Indian journal of veterinary science and animal husbandry - Volume 14,
Year: 1944
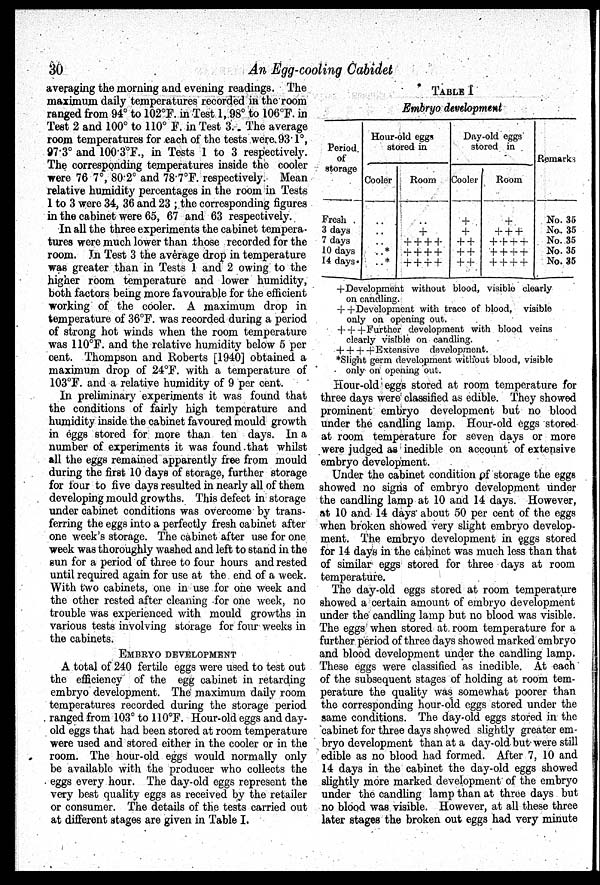
30
An Egg-cooling Cabidet
averaging the morning and evening readings. The
maximum daily temperatures recorded in the room
ranged from 94° to 102°F. in Test 1, 98° to 106°F. in
Test 2 and 100° to 110° F. in Test 3. The average
room temperatures for each of the tests were 93.1°,
97.3° and 100.3°F., in Tests 1 to 3 respectively.
The corresponding temperatures inside the cooler
were 76.7°, 80.2° and 78.7°F. respectively. Mean
relative humidity percentages in the room in Tests
1 to 3 were 34, 36 and 23; the corresponding figures
in the cabinet were 65, 67 and 63 respectively.
In all the three experiments the cabinet tempera-
tures were much lower than those recorded for the
room. In Test 3 the average drop in temperature
was greater than in Tests 1 and 2 owing to the
higher room temperature and lower humidity,
both factors being more favourable for the efficient
working of the cooler. A maximum drop in
temperature of 36°F. was recorded during a period
of strong hot winds when the room temperature
was 110°F. and the relative humidity below 5 per
cent. Thompson and Roberts [1940] obtained a
maximum drop of 24°F. with a temperature of
103°F. and a relative humidity of 9 per cent.
In preliminary experiments it was found that
the conditions of fairly high temperature and
humidity inside the cabinet favoured mould growth
in eggs stored for more than ten days. In a
number of experiments it was found that whilst
all the eggs remained apparently free from mould
during the first 10 days of storage, further storage
for four to five days resulted in nearly all of them
developing mould growths. This defect in storage
under cabinet conditions was overcome by trans-
ferring the eggs into a perfectly fresh cabinet after
one week's storage. The cabinet after use for one
week was thoroughly washed and left to stand in the
sun for a period of three to four hours and rested
until required again for use at the end of a week.
With two cabinets, one in use for one week and
the other rested after cleaning for one week, no
trouble was experienced with mould growths in
various tests involving storage for four weeks in
the cabinets.
EMBRYO DEVELOPMENT
A total of 240 fertile eggs were used to test out
the efficiency of the egg cabinet in retarding
embryo development. The maximum daily room
temperatures recorded during the storage period
ranged from 103° to 110°F. Hour-old eggs and day-
old eggs that had been stored at room temperature
were used and stored either in the cooler or in the
room. The hour-old eggs would normally only
be available with the producer who collects the
eggs every hour. The day-old eggs represent the
very best quality eggs as received by the retailer
or consumer. The details of the tests carried out
at different stages are given in Table I.
TABLE I
Embryo development
Period
of
storage
Fresh
3 days
7 days
10 days
14 days.
Hour-old eggs
stored in
Coolor
..
..
..
..*
..*
Room
..
+
+ + + +
+ + + +
+ + + +
Day-old eggs
stored in
Cooler
+
+
+ +
+ +
+ +
Room
+
+ + +
+ + + +
+ + + +
+ + + +
Remarks
No. 35
No. 35
No. 35
No. 35
No. 35
+ Development without blood, visible clearly
on candling.
+ +Development with trace of blood, visible
only on opening out.
+ + + Further development with blood veins
clearly visible on candling.
+ + + +Extensive development.
*Slight germ development without blood, visible
only on opening out.
Hour-old eggs stored at room temperature for
three days were classified as edible. They showed
prominent embryo development but no blood
under the candling lamp. Hour-old eggs stored
at room temperature for seven days or more
were judged as inedible on account of extensive
embryo development.
Under the cabinet condition of storage the eggs
showed no signs of embryo development under
the candling lamp at 10 and 14 days. However,
at 10 and 14 days about 50 per cent of the eggs
when broken showed very slight embryo develop-
ment. The embryo development in eggs stored
for 14 days in the cabinet was much less than that
of similar eggs stored for three days at room
temperature.
The day-old eggs stored at room temperature
showed a certain amount of embryo development
under the candling lamp but no blood was visible.
The eggs when stored at room temperature for a
further period of three days showed marked embryo
and blood development under the candling lamp.
These eggs were classified as inedible. At each
of the subsequent stages of holding at room tem-
perature the quality was somewhat poorer than
the corresponding hour-old eggs stored under the
same conditions. The day-old eggs stored in the
cabinet for three days showed slightly greater em-
bryo development than at a day-old but were still
edible as no blood had formed. After 7, 10 and
14 days in the cabinet the day-old eggs showed
slightly more marked development of the embryo
under the candling lamp than at three days but
no blood was visible. However, at all these three
later stages the broken out eggs had very minute